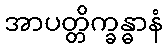
အာပတ္တိက္ခန္ဓာနံ